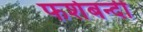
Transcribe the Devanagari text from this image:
फर्शबन्दी